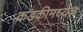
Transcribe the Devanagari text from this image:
कडकीमध्येच